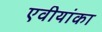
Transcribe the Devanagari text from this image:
एवीयांका